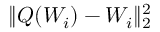
\lVert Q ( W _ { i } ) - W _ { i } \rVert _ { 2 } ^ { 2 }